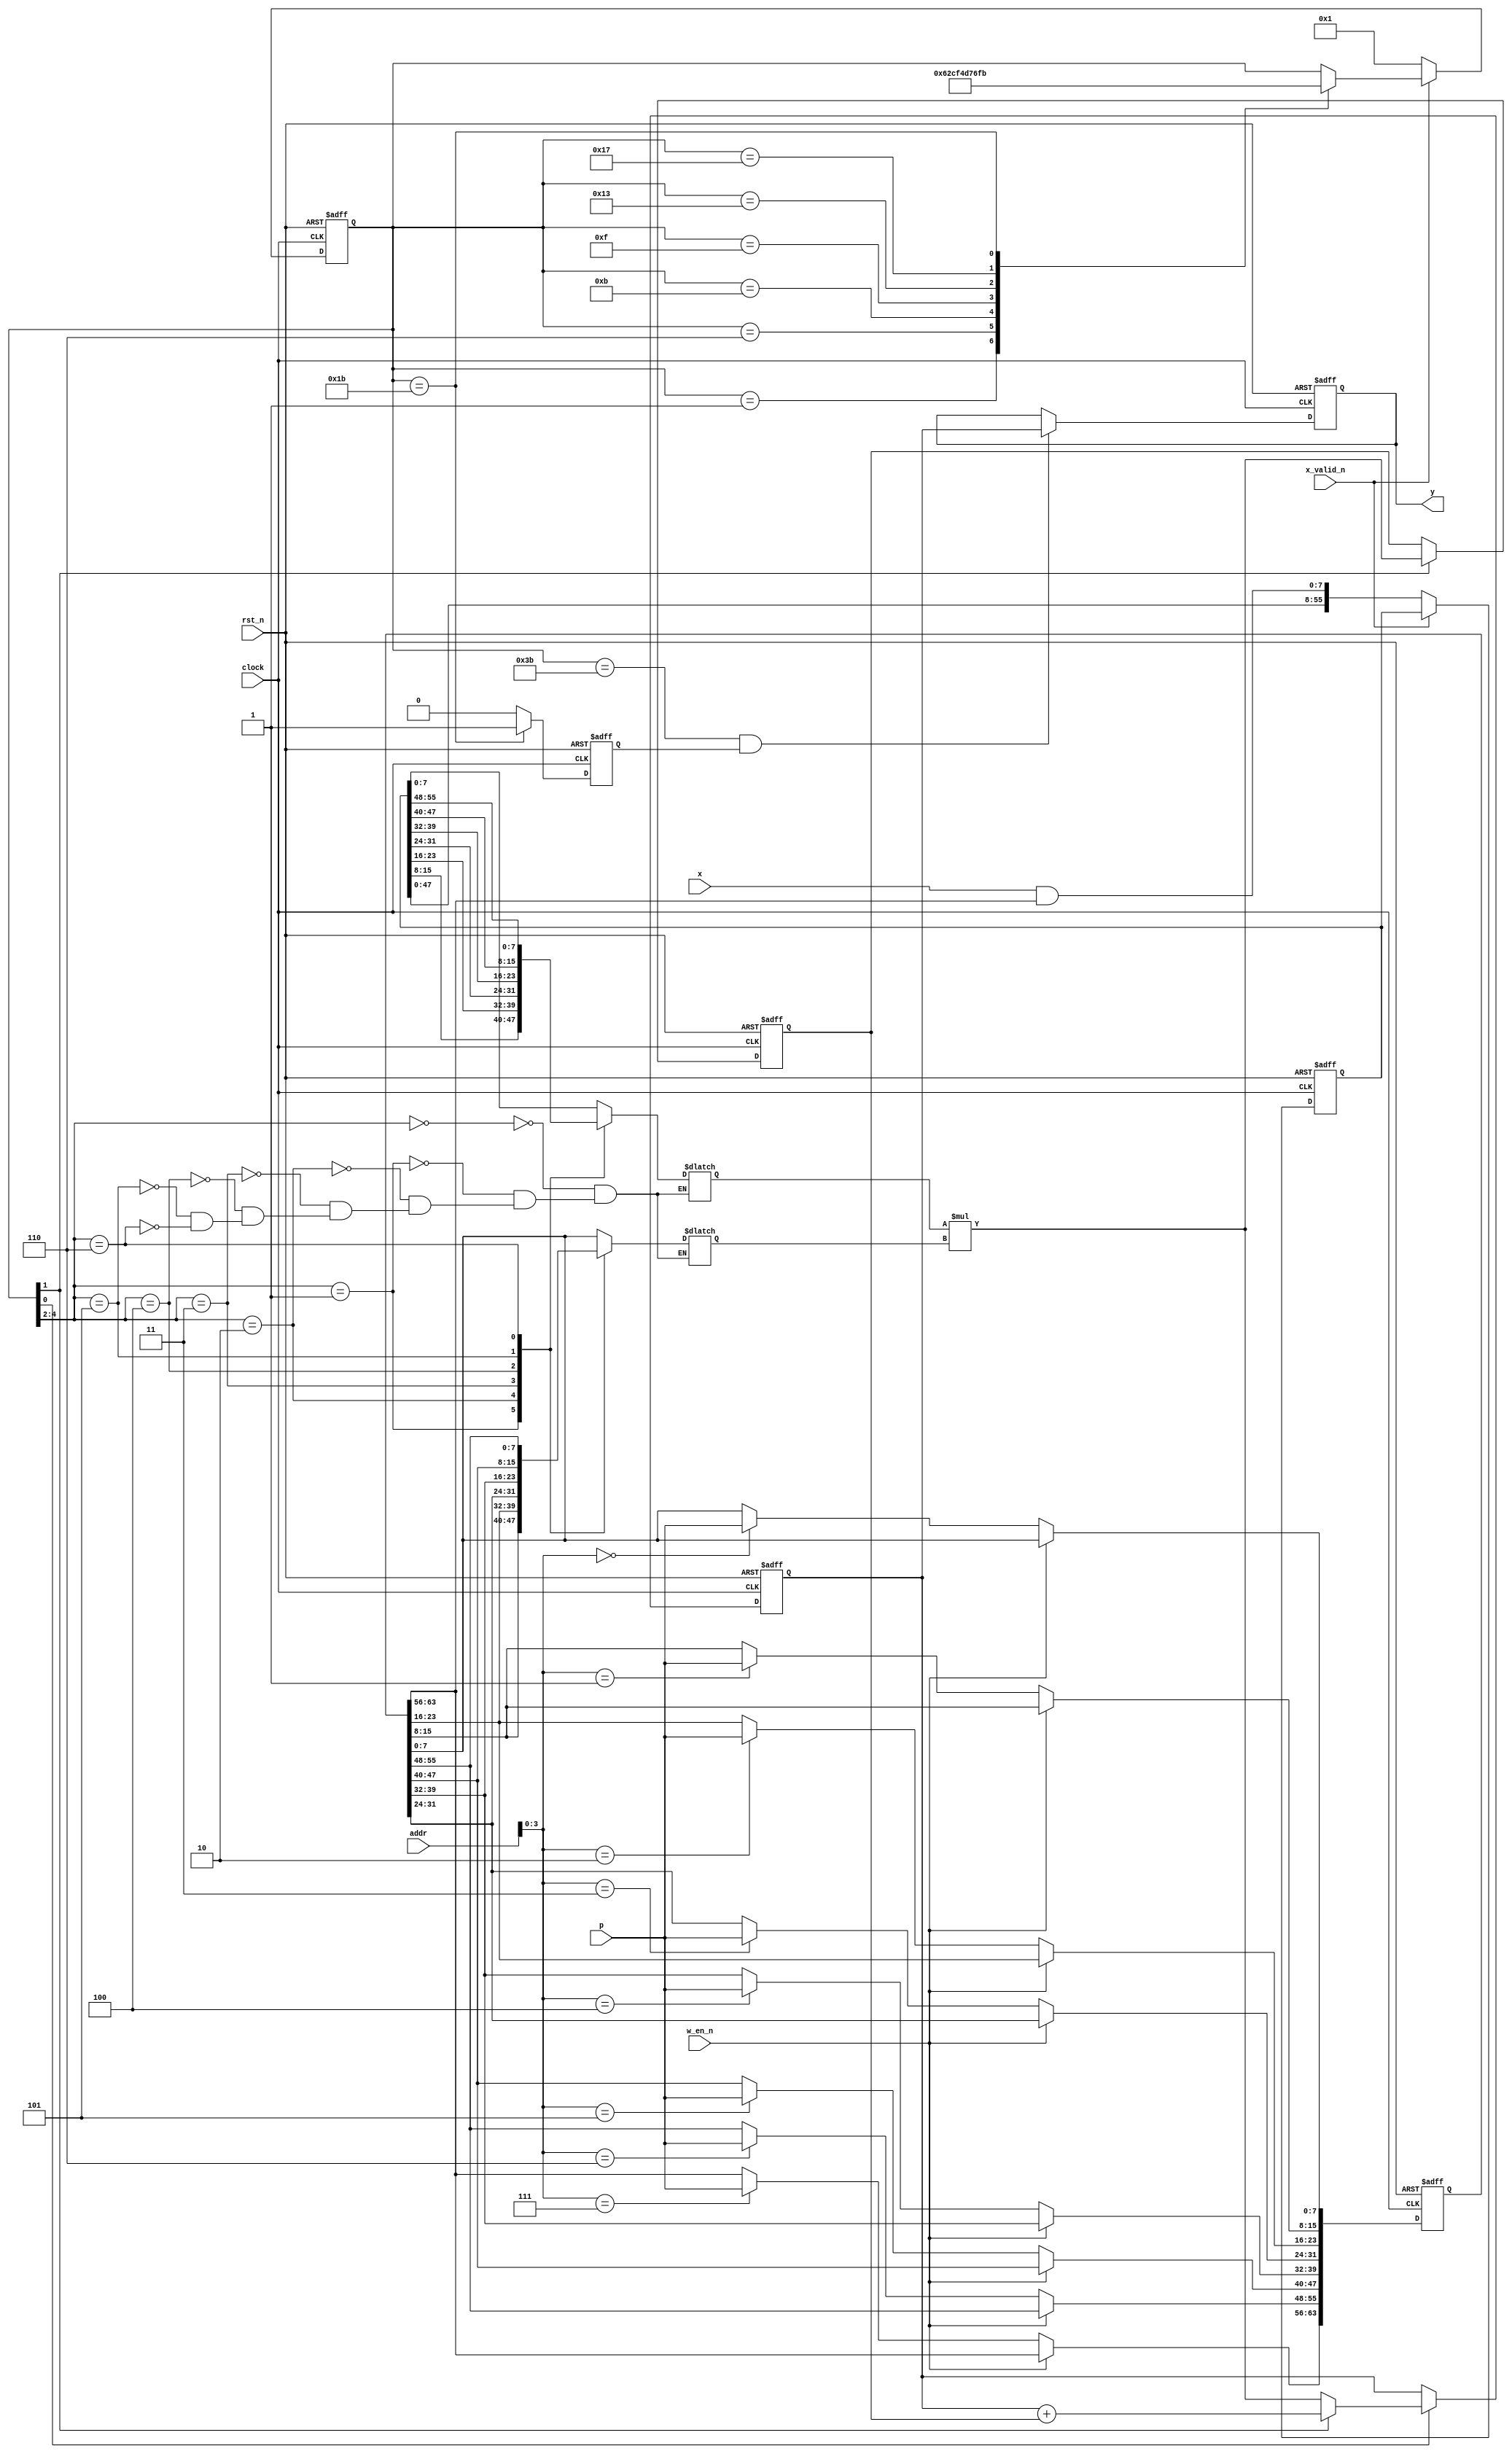
module filter(
    input   clock,
    input   rst_n,

    // filter configuration port
    input   w_en_n,         // cpu write enable
    input   [7 : 0] p,
    input   [15: 0] addr,

    // signal input
    input   x_valid_n,
    input   [7 : 0] x,

    // signal output
    output  reg [7 : 0] y
    );

    reg [8*8-1 : 0] param;  // filter parameter
                            // first 7 byte as b
                            // the last byte is mask
    reg [7*8-1 : 0] x_arr;  // input signal

    // filter configuration
    always @ (posedge clock or negedge rst_n) begin
        if (~rst_n) begin
            param <= 64'd0;
        end
        else if (~w_en_n) begin
            case(addr[3 : 0])
            4'b0000: param[7 : 0] <= p;
            4'b0001: param[15: 8] <= p;
            4'b0010: param[23:16] <= p;
            4'b0011: param[31:24] <= p;
            4'b0100: param[39:32] <= p;
            4'b0101: param[47:40] <= p;
            4'b0110: param[55:48] <= p;
            4'b0111: param[63:56] <= p;
            endcase
        end
    end

    // input signal as time series
    always @ (posedge clock or negedge rst_n) begin
        if (~rst_n) begin
            x_arr <= 56'd0;
        end
        else if (~x_valid_n) begin
            x_arr <= {x_arr[47: 0], (x & param[63:56])};
        end
    end

    // calculation using state FSM
    localparam [5 : 0] STATE_0  = 6'b000001;
    localparam [5 : 0] STATE_1  = 6'b000110;
    localparam [5 : 0] STATE_2  = 6'b001011;
    localparam [5 : 0] STATE_3  = 6'b001111;
    localparam [5 : 0] STATE_4  = 6'b010011;
    localparam [5 : 0] STATE_5  = 6'b010111;
    localparam [5 : 0] STATE_6  = 6'b011011;
    localparam [5 : 0] STATE_7  = 6'b111011;

    reg [5 : 0] state;
    reg [7 : 0] r1, r2;

    wire [7 : 0] add_res, mult_res;
    reg  [7 : 0] mux1, mux2, mux3;

    // state transfer
    always @ (posedge clock or negedge rst_n) begin
        if (~rst_n) begin
            state <= STATE_0;
        end
        else if (~x_valid_n) begin
            state <= STATE_0;
        end
        else begin
            case (state)
            STATE_0: state <= STATE_1;
            STATE_1: state <= STATE_2;
            STATE_2: state <= STATE_3;
            STATE_3: state <= STATE_4;
            STATE_4: state <= STATE_5;
            STATE_5: state <= STATE_6;
            STATE_6: state <= STATE_7;
            STATE_7: state <= state;
            endcase
        end
    end

    // data mux
    always @ (*) begin
        case (state[4:2])
        3'b000: mux1 = x_arr[7 : 0];
        3'b001: mux1 = x_arr[15: 8];
        3'b010: mux1 = x_arr[23:16];
        3'b011: mux1 = x_arr[31:24];
        3'b100: mux1 = x_arr[39:32];
        3'b101: mux1 = x_arr[47:40];
        3'b110: mux1 = x_arr[55:48];
        endcase
    end

    always @ (*) begin
        case (state[4:2])
        3'b000: mux2 = param[7 : 0];
        3'b001: mux2 = param[15: 8];
        3'b010: mux2 = param[23:16];
        3'b011: mux2 = param[31:24];
        3'b100: mux2 = param[39:32];
        3'b101: mux2 = param[47:40];
        3'b110: mux2 = param[55:48];
        endcase
    end

    always @ (*) begin
        mux3 = state[1] ? add_res : mult_res;
    end

    // calculation logic
    assign add_res  = r1 + r2;
    assign mult_res = mux1 * mux2;

    // register write
    always @ (posedge clock or negedge rst_n) begin
        if (~rst_n) begin
            r1 <= 8'd0;
        end
        else if (state[0]) begin
            r1 <= mux3;
        end
    end

    always @ (posedge clock or negedge rst_n) begin
        if (~rst_n) begin
            r2 <= 8'd0;
        end
        else if (state[1]) begin
            r2 <= mult_res;
        end
    end

    // output
    reg res_valid;

    always @ (posedge clock or negedge rst_n) begin
        if (~rst_n) begin
            res_valid <= 1'b0;
        end
        else if (state == STATE_6) begin
            res_valid <= 1'b1;
        end
        else begin
            res_valid <= 1'b0;
        end
    end

    // result should be assigned only the first cycle the state
    // machine enters STATE_7
    always @ (posedge clock or negedge rst_n) begin
        if (~rst_n) begin
            y <= 8'd0;
        end
        else if (state == STATE_7 && res_valid) begin
            y <= r1;
        end
    end

endmodule